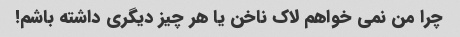
چرا من نمی خواهم لاک ناخن یا هر چیز دیگری داشته باشم!